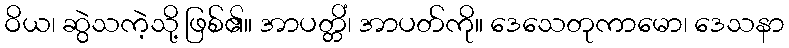
ဝိယ၊ ဆွဲသကဲ့သို့ ဖြစ်၏။ အာပတ္တိံ၊ အာပတ်ကို။ ဒေသေတုကာမော၊ ဒေသနာ